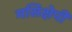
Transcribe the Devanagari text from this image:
मसिक्षेपी